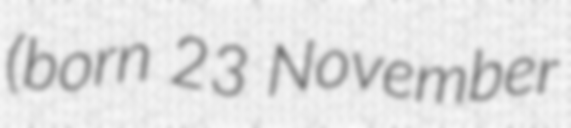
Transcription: (born 23 November